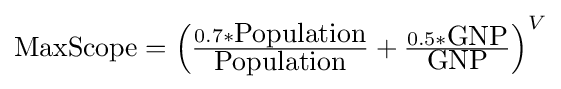
{\hbox{MaxScope}}=\left({\tfrac {0.7*{\hbox{Population}}}{\hbox{Population}}}+{\tfrac {0.5*{\hbox{GNP}}}{\hbox{GNP}}}\right)^{V}